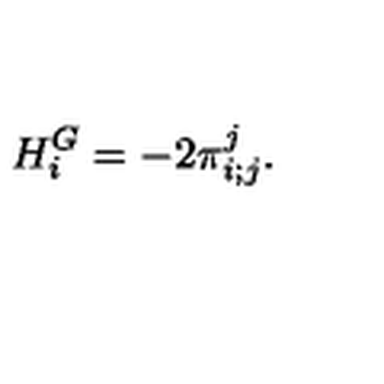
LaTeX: { } H _ { i } ^ { G } = - 2 { \pi } _ { i ; j } ^ { j } .